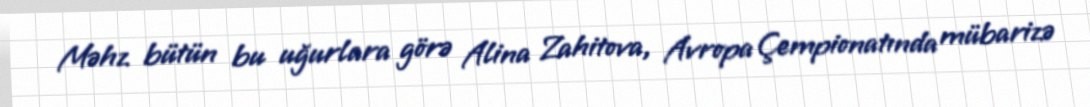
Məhz bütün bu uğurlara görə Alina Zahitova, Avropa Çempionatında mübarizə